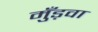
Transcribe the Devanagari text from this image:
मुँड़वा